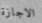
الاجازة